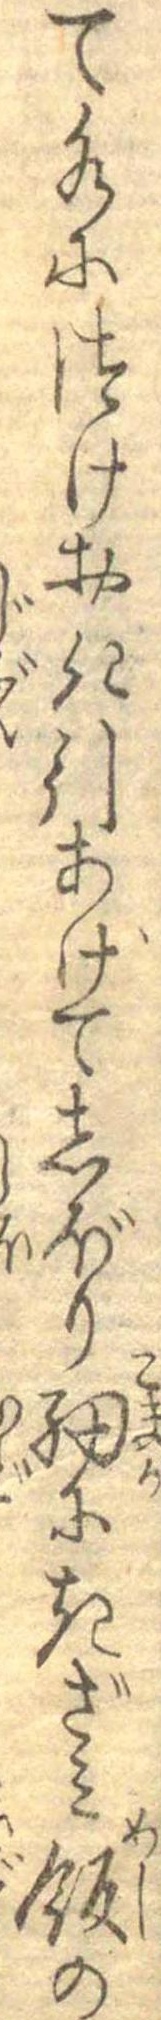
て水につけおき引あけてしぼり細にきざみ飯の